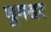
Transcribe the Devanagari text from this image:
घुमसर